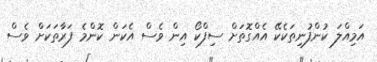
އަމިއްލަ ކުންފުނިތަކެކޭ އެއްގޮތަށް ސިފްކޯ އިން ވެސް އެކަން ކޮންމެ ފަރާތަކަށް ވެސް